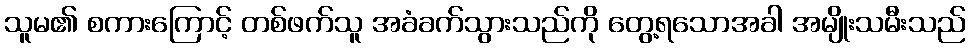
သူမ၏ စကားကြောင့် တစ်ဖက်သူ အခံခက်သွားသည်ကို တွေ့ရသောအခါ အမျိုးသမီးသည်